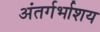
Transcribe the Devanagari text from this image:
अंतर्गर्भाशय